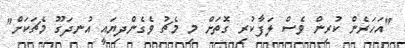
"އަހަރެން ކުރިން ވެސް ލަފާކުރި ގޮތަށް މި މެޗު ވެގެންދިޔައީ އުނދަގޫ މެޗަކަށް"